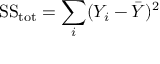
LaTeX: { \mathrm { S S } } _ { \mathrm { t o t } } = \sum _ { i } ( Y _ { i } - { \bar { Y } } ) ^ { 2 }